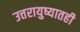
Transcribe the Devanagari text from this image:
उत्तरायुष्यातही